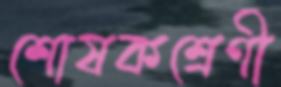
শোষকশ্রেণী